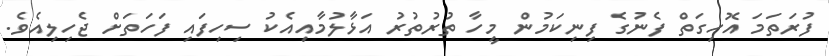
ފުރަތަމަ އޮހިގަތް ފެނުގެ ފިނިކަމުން މީހާ ތުރުތުރު އަޅާލުމާއިއެކު ސިހިފައި ފަހަތަށް ޖެހިލިއެވެ.